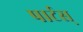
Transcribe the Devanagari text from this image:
पार्टस्